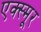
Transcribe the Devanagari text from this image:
एक्स्मूर